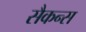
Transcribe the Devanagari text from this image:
सैकन्स